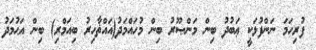
ފުރިހަމަ ނަންފުޅަކީ ޢަބުދު ބިން މަންޞޫރު ބިން މުހައްމަދު(އައްޡާހިރު ބިއަމްރި) ބިން އަޙުމަދު